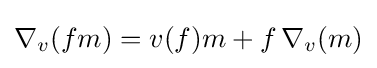
\nabla _{v}(fm)=v(f)m+f\,\nabla _{v}(m)